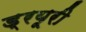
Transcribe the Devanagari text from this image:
ड्रयूरी